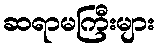
ဆရာမကြီးများ